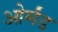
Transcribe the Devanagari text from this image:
ओर्मंड